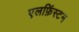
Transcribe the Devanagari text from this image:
एलफ़िंस्टन